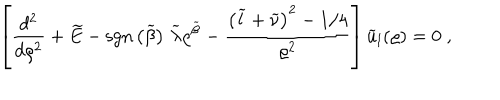
LaTeX: \left[ \frac { d ^ { 2 } } { d \varrho ^ { 2 } } + \widetilde { E } - \mathrm { s g n } \left( \widetilde { \beta } \right) \, \widetilde { \lambda } \varrho ^ { \widetilde { \beta } } - \frac { \left( \widetilde { l } + \widetilde { \nu } \right) ^ { 2 } - 1 / 4 } { \varrho ^ { 2 } } \right] \widetilde { u } _ { l } ( \varrho ) = 0 \; ,